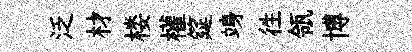
泛材楼權筵竧徃瓴博